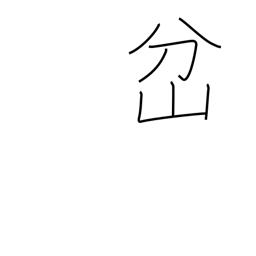
Meaning: fork in a road